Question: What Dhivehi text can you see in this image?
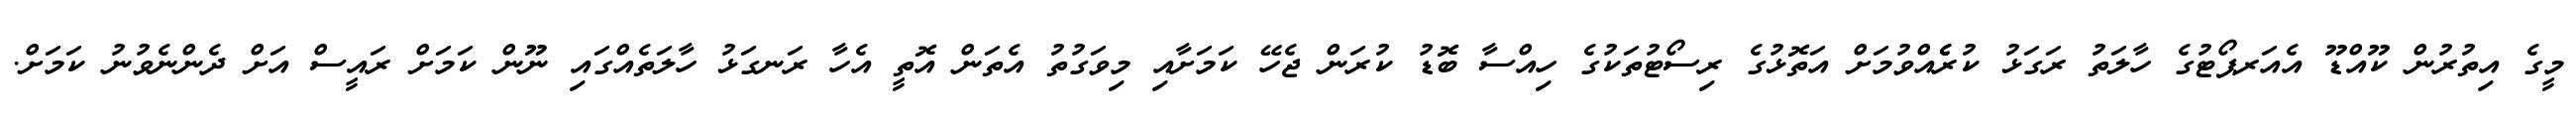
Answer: މީގެ އިތުރުން ކޫއްޑޫ އެއަރޕޯޓުގެ ހާލަތު ރަގަޅު ކުރެެއްވުމަށް އަތޮޅުގެ ރިސޯޓުތަކުގެ ހިއްސާ ބޮޑު ކުރަން ޖެހޭ ކަމަށާއި މިވަގުތު އެތަން އޮތީ އެހާ ރަނގަޅު ހާލަތެއްގައި ނޫން ކަމަށް ރައީސް އަށް ދެންނެވުނު ކަމަށް.